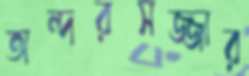
অন্দরসজ্জার